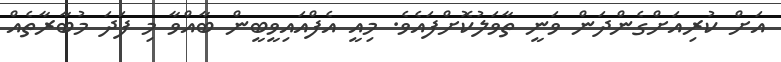
އަށް ކުރިއަށްގެންދަން ވަނީ ތާވަލުކޮށްފައެވެ. މިއީ އެފްއައިވީބީން ބާއްވާ މި ފަދަ މުބާރާތެއް